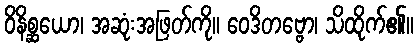
ဝိနိစ္ဆယော၊ အဆုံးအဖြတ်ကို။ ဝေဒိတဗ္ဗော၊ သိထိုက်၏။